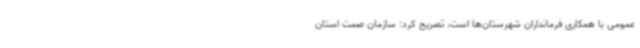
عمومی با همکاری فرمانداران شهرستان‌ها است، تصریح کرد: سازمان صمت استان